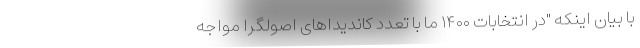
با بیان اینکه "در انتخابات ۱۴۰۰ ما با تعدد کاندیداهای اصولگرا مواجه